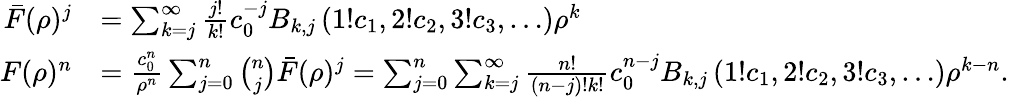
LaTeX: \begin{array}{rl}{\bar{F}(\rho)^{j}}&{=\sum_{k=j}^{\infty}\frac{j!}{k!}c_{0}^{-j}B_{k,j}\left(1!c_{1},2!c_{2},3!c_{3},\ldots\right)\rho^{k}}\\ {F(\rho)^{n}}&{=\frac{c_{0}^{n}}{\rho^{n}}\sum_{j=0}^{n}\binom{n}{j}\bar{F}(\rho)^{j}=\sum_{j=0}^{n}\sum_{k=j}^{\infty}\frac{n!}{(n-j)!k!}c_{0}^{n-j}B_{k,j}\left(1!c_{1},2!c_{2},3!c_{3},\ldots\right)\rho^{k-n}.}\end{array}